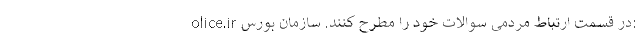
olice.ir در قسمت ارتباط مردمی سوالات خود را مطرح کنند. سازمان بورس: